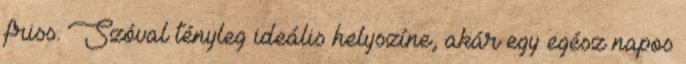
friss. Szóval tényleg ideális helyszíne, akár egy egész napos